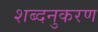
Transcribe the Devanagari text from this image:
शब्दनुकरण